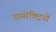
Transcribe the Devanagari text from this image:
डायरेक्ट्रियों